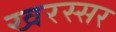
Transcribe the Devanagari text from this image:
खरस्सर